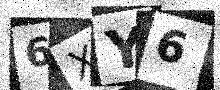
Text: 6XY6